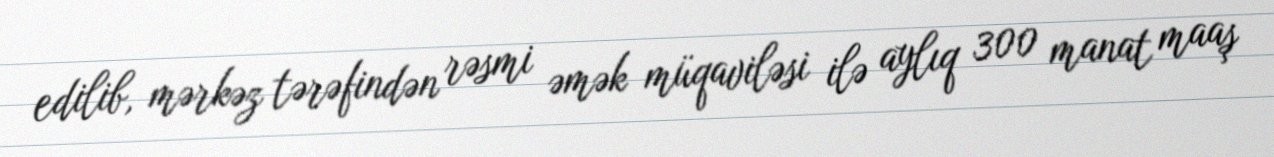
edilib, mərkəz tərəfindən rəsmi əmək müqaviləsi ilə aylıq 300 manat maaş